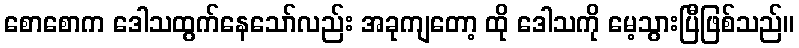
စောစောက ဒေါသထွက်နေသော်လည်း အခုကျတော့ ထို ဒေါသကို မေ့သွားပြီဖြစ်သည်။